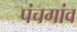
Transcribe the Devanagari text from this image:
पंचगांव